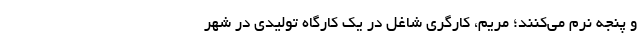
و پنجه نرم می‌کنند؛ مریم، کارگری شاغل در یک کارگاه تولیدی در شهر